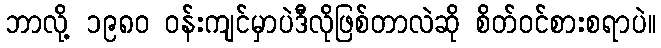
ဘာလို့ ၁၉၈၀ ဝန်းကျင်မှာပဲဒီလိုဖြစ်တာလဲဆို စိတ်ဝင်စားစရာပဲ။